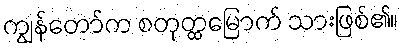
ကျွန်တော်က စတုတ္ထမြောက် သားဖြစ်၏။